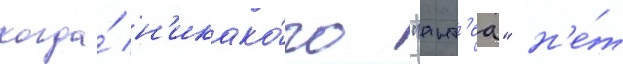
когда́ н'икако́го "ант'еа" н'е́т